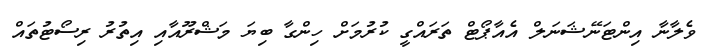
ވެލާނާ އިންޓަނޭޝަނަލް އެއާޕޯޓް ތަރައްގީ ކުރުމަށް ހިންގާ ބިޔަ މަޝްރޫއާއި އިތުރު ރިސޯޓުތައް